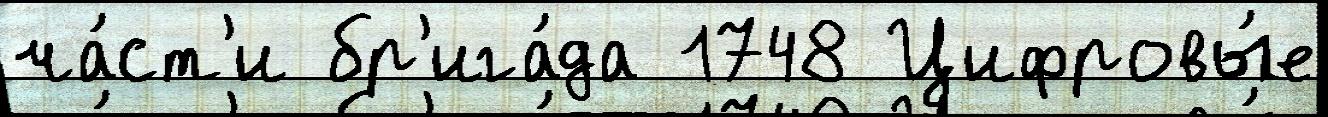
ча́ст'и бр'ига́да 1748 Цифровы́е